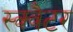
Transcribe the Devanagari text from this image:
स्क्वैटर